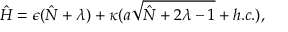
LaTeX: \hat { H } = \epsilon ( \hat { N } + \lambda ) + \kappa ( a \sqrt { \hat { N } + 2 \lambda - 1 } + h . c . ) ,